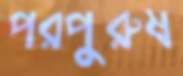
পরপুরুষ